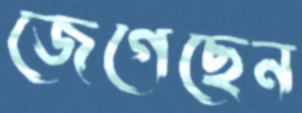
জেগেছেন